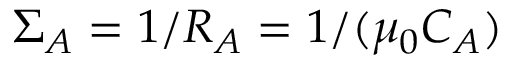
\Sigma _ { A } = 1 / R _ { A } = 1 / ( \mu _ { 0 } C _ { A } )